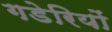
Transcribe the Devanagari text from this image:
गडेरियों